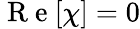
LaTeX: \mathrm{~R~e~}[\chi]=0